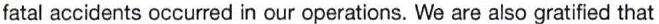
fatal accidents occurred in our operations. We are also gratified that